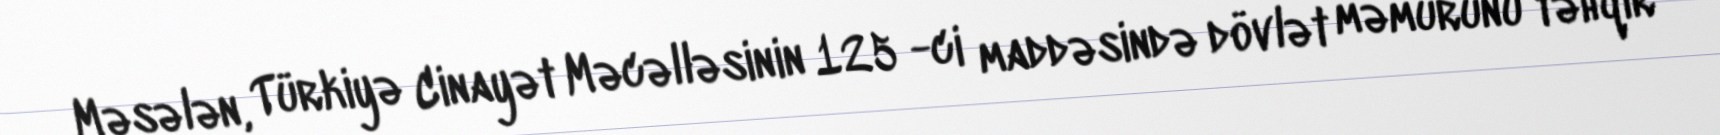
Məsələn, Türkiyə Cinayət Məcəlləsinin 125 -ci maddəsində dövlət məmurunu təhqir